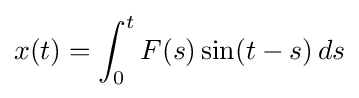
x(t)=\int _{0}^{t}F(s)\sin(t-s)\,ds